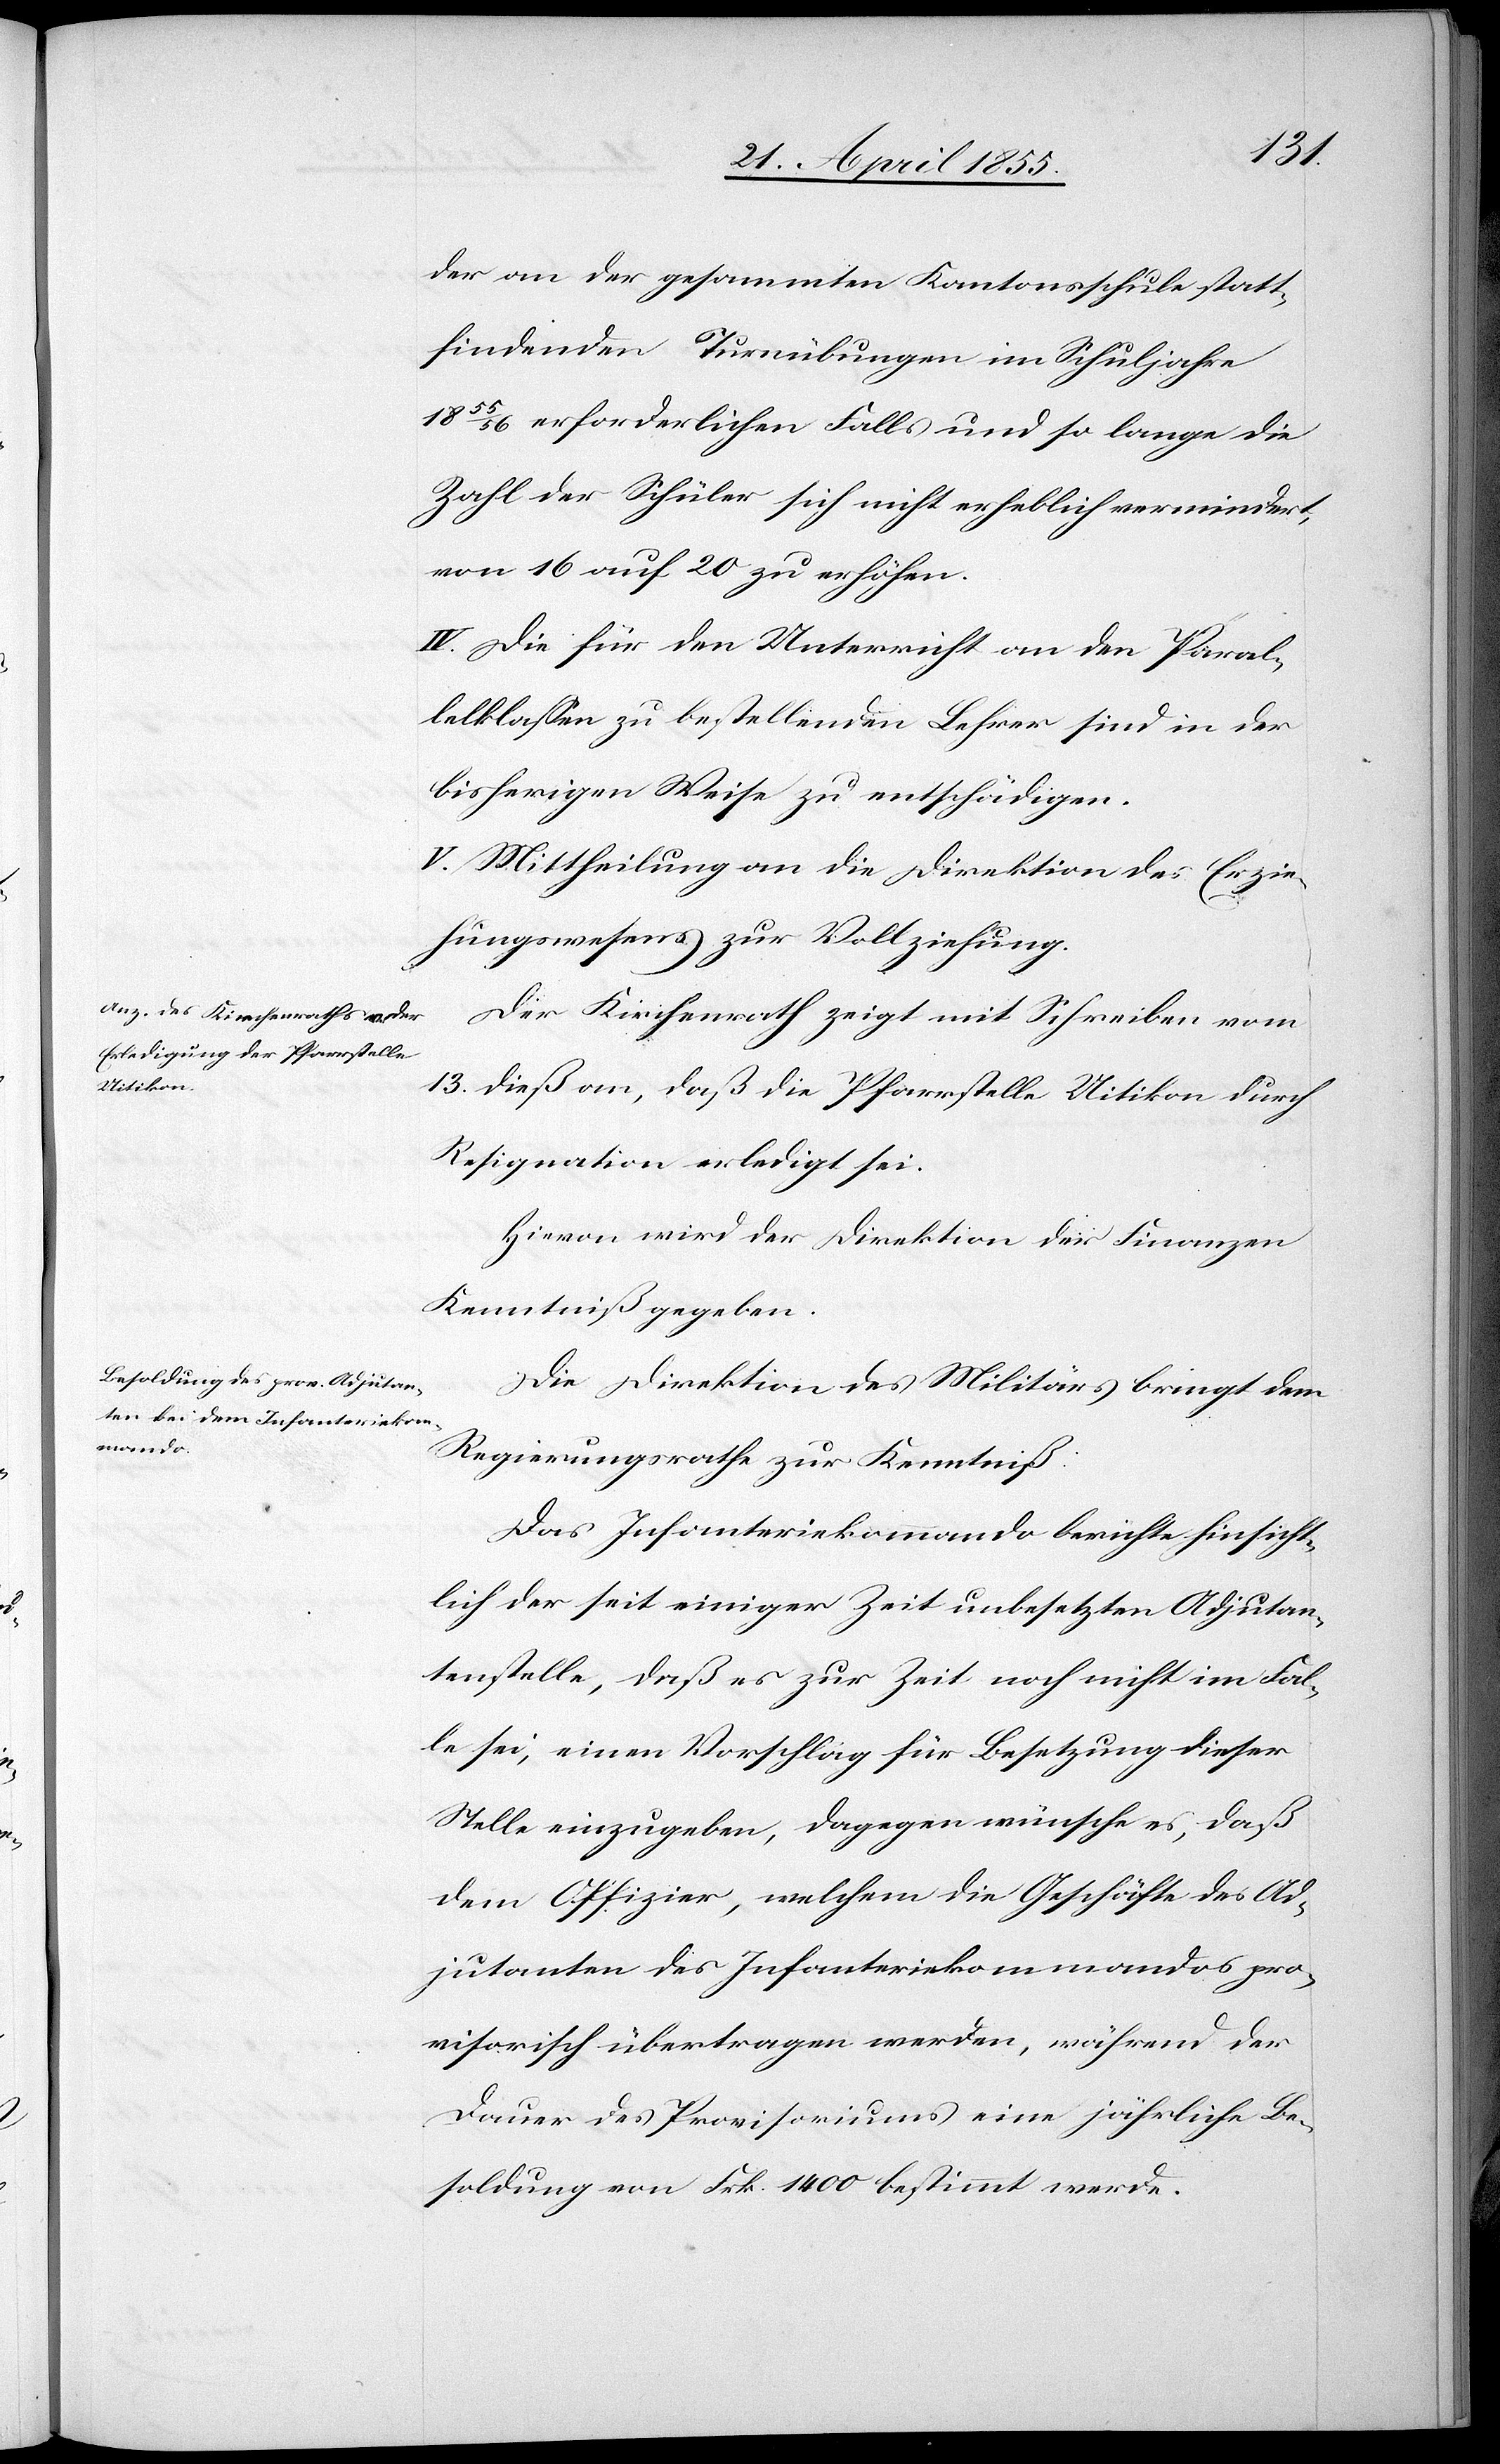
der an der gesammten Kantonsschule statt¬
findenden Turnübungen im Schuljahre
1855/56 erforderlichen Falls und so lange die
Zahl der Schüler sich nicht erheblich vermindert,
von 16 auf 20 zu erhöhen.
IV. Die für den Unterricht an den Paral¬
lelklassen zu bestellenden Lehrer sind in der
bisherigen Weise zu entschädigen.
V. Mittheilung an die Direktion des Erzie¬
hungswesens zur Vollziehung.
Der Kirchenrath zeigt mit Schreiben vom
13. dieß an, daß die Pfarrstelle Uitikon durch
Resignation erledigt sei.
Hievon wird der Direktion der Finanzen
Kenntniß gegeben.
Die Direktion des Militärs bringt dem
Regierungsrathe zur Kenntniß:
Das Infanteriekommando berichte hinsicht¬
lich der seit einiger Zeit unbesetzten Adjutan¬
tenstelle, daß es zur Zeit noch nicht im Fal¬
le sei, einen Vorschlag für Besetzung dieser
Stelle einzugeben, dagegen wünsche es, daß
dem Offizier, welchem die Geschäfte des Ad¬
jutanten des Infanteriekommandos pro¬
visorisch übertragen werden, während der
Dauer des Provisoriums eine jährliche Be¬
soldung von Frk. 1400 bestimmt werde.